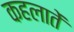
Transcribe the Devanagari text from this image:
कहलातें